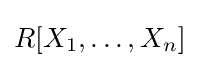
R[X_{1},\ldots ,X_{n}]